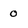
Character: 0